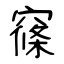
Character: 窱